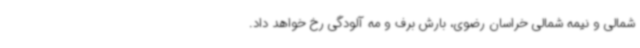
شمالی و نیمه شمالی خراسان رضوی، بارش برف و مه آلودگی رخ خواهد داد.